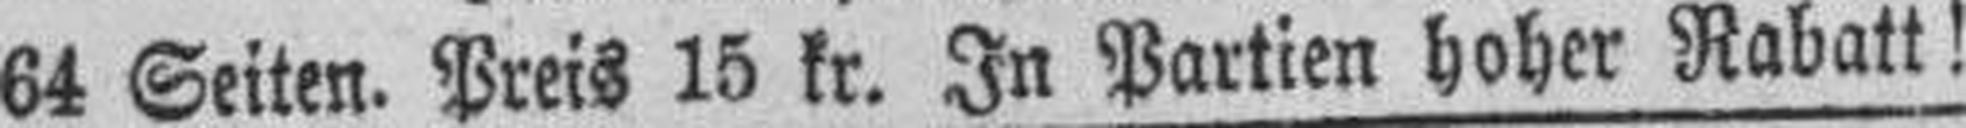
64 Seiten. Preis 15 kr. In Partien hoher Rabatt!